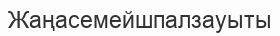
Жаңасемейшпалзауыты